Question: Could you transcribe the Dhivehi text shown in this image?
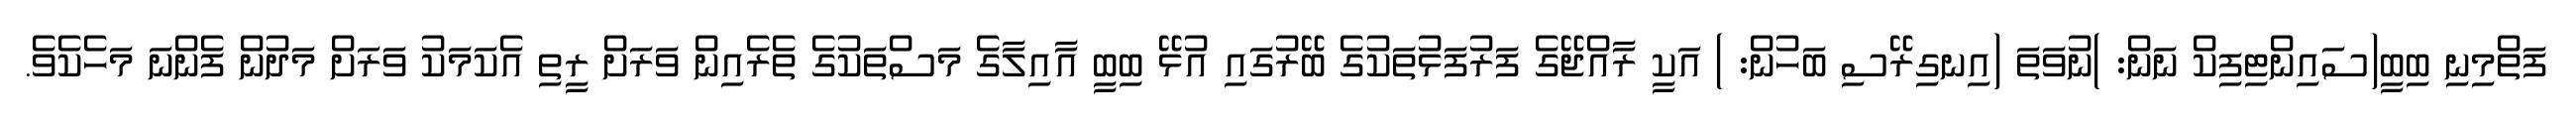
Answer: ފަތްމިނި ބިބީ(ސައިންޓިފިކް ނަން: )ނުވަތަ (އިނގިރޭސި ބަހުން: ) އަކީ ރާއްޖޭގެ ފަރުފަޅުތަކުގެ ބޭރުގައި އުޅޭ ބިބީ އާއިލާގެ މަސްތަކުގެ ތެރެއިން ވަރަށް ރީތި އެކަމަކު ވަރަށް މަދުން ފެންނަ މަހެކެވެ.